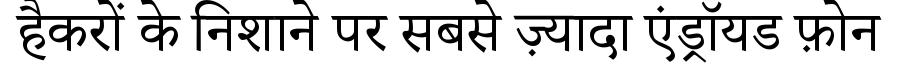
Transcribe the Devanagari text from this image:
हैकरों के निशाने पर सबसे ज़्यादा एंड्रॉयड फ़ोन